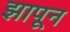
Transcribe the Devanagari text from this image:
झापून